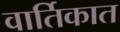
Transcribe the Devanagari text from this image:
वार्तिकात